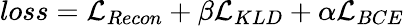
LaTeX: loss=\mathcal{L}_{Recon}+\beta\mathcal{L}_{KLD}+\alpha\mathcal{L}_{BCE}